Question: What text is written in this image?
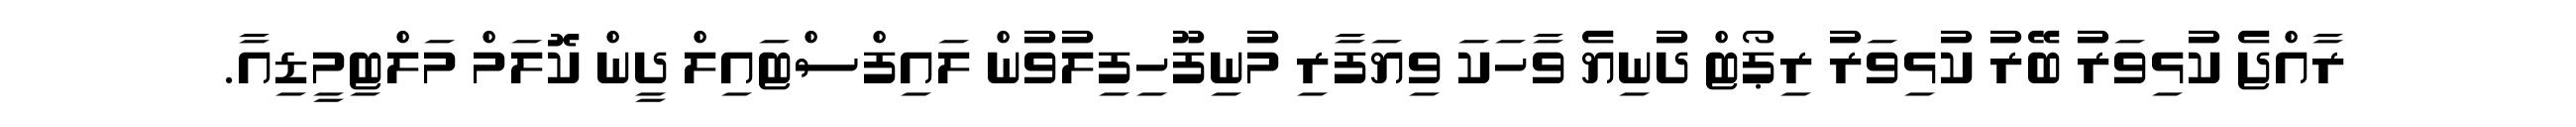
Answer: ރާއްޖެ ކުޅިވަރު ބޭރު ކުޅިވަރު ރިޕޯޓް ދުނިޔެ ވާހަކަ ވިޔަފާރި މުނިފޫހިފިލުވުން ލައިފްސްޓައިލް ދީން ކޮލަމް މަލްޓިމީޑިއާ.